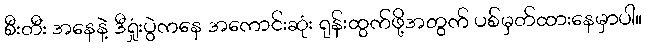
စီးတီး အနေနဲ့ ဒီရှုံးပွဲကနေ အကောင်းဆုံး ရုန်းထွက်ဖို့အတွက် ပစ်မှတ်ထားနေမှာပါ။